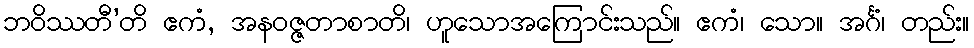
ဘဝိဿတီ’တိ ဧကံ, အနဝဇ္ဇတာစာတိ၊ ဟူသောအကြောင်းသည်။ ဧကံ၊ သော။ အင်္ဂံ၊ တည်း။